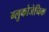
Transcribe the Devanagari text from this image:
ग्लुकोजेनिक